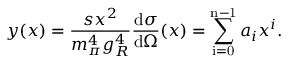
y ( x ) = \frac { s x ^ { 2 } } { m _ { \pi } ^ { 4 } g _ { R } ^ { 4 } } \frac { \mathrm { d } \sigma } { \mathrm { d } \Omega } ( x ) = \sum _ { \mathrm { i = 0 } } ^ { \mathrm { n - 1 } } a _ { i } x ^ { i } .